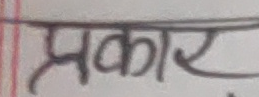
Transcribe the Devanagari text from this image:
प्रकार